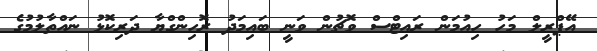
އޭޕްރީލް މަހު ހިއުމަން ރައިޓްސް ވޮޗުން ވަނީ ބައިމަދު ރޮހިންގްޔާ ދަރިކޮޅު ނައްތާލުމުގެ